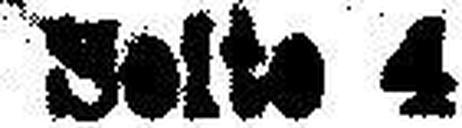
Seite 4